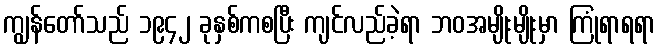
ကျွန်တော်သည် ၁၉၄၂ ခုနှစ်ကစပြီး ကျင်လည်ခဲ့ရာ ဘဝအမျိုးမျိုးမှာ ကြုံရာရရာ